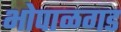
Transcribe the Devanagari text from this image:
भोपाळगड